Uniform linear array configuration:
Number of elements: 12
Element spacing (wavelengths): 0.25
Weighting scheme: hann
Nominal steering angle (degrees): -30
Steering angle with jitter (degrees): -31.07
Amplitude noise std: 0.05
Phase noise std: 0.05

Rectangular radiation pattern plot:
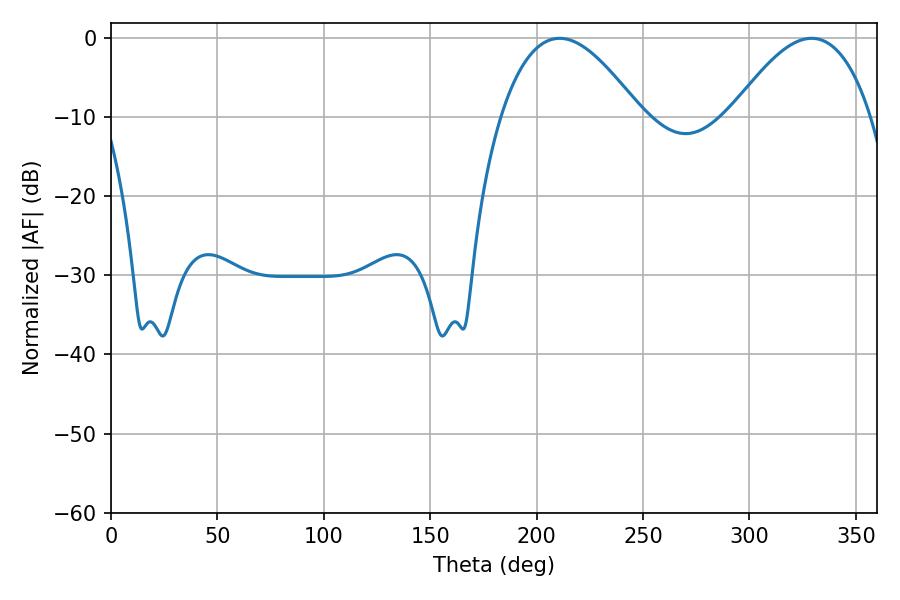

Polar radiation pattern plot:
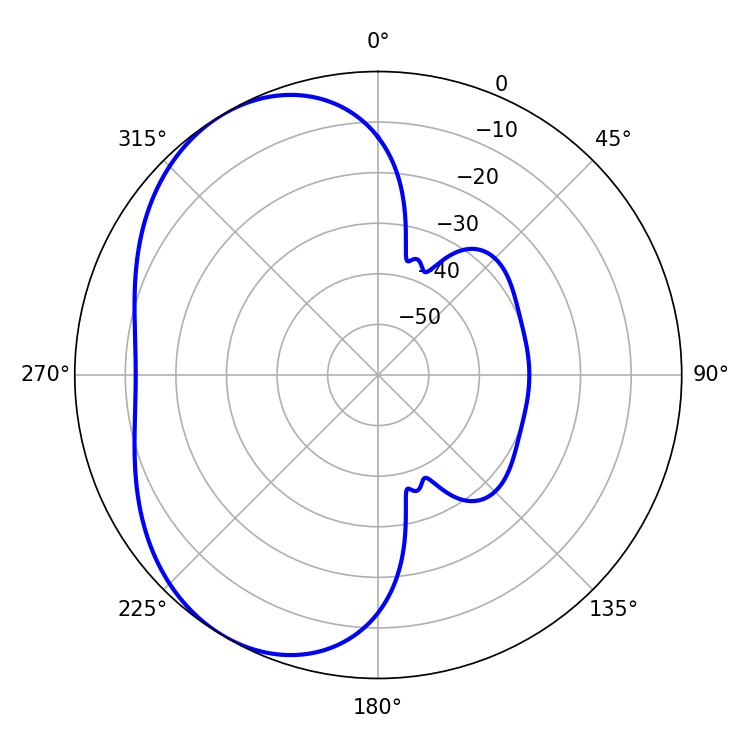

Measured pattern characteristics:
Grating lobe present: FALSE
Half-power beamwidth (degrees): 35.82
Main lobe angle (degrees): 329.22